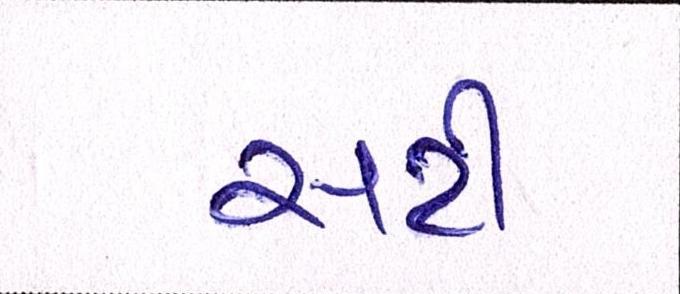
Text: સર્ટી